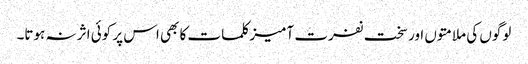
لوگوں کی ملامتوں اور سخت نفرت آمیز کلمات کا بھی اس پر کوئی اثر نہ ہوتا۔